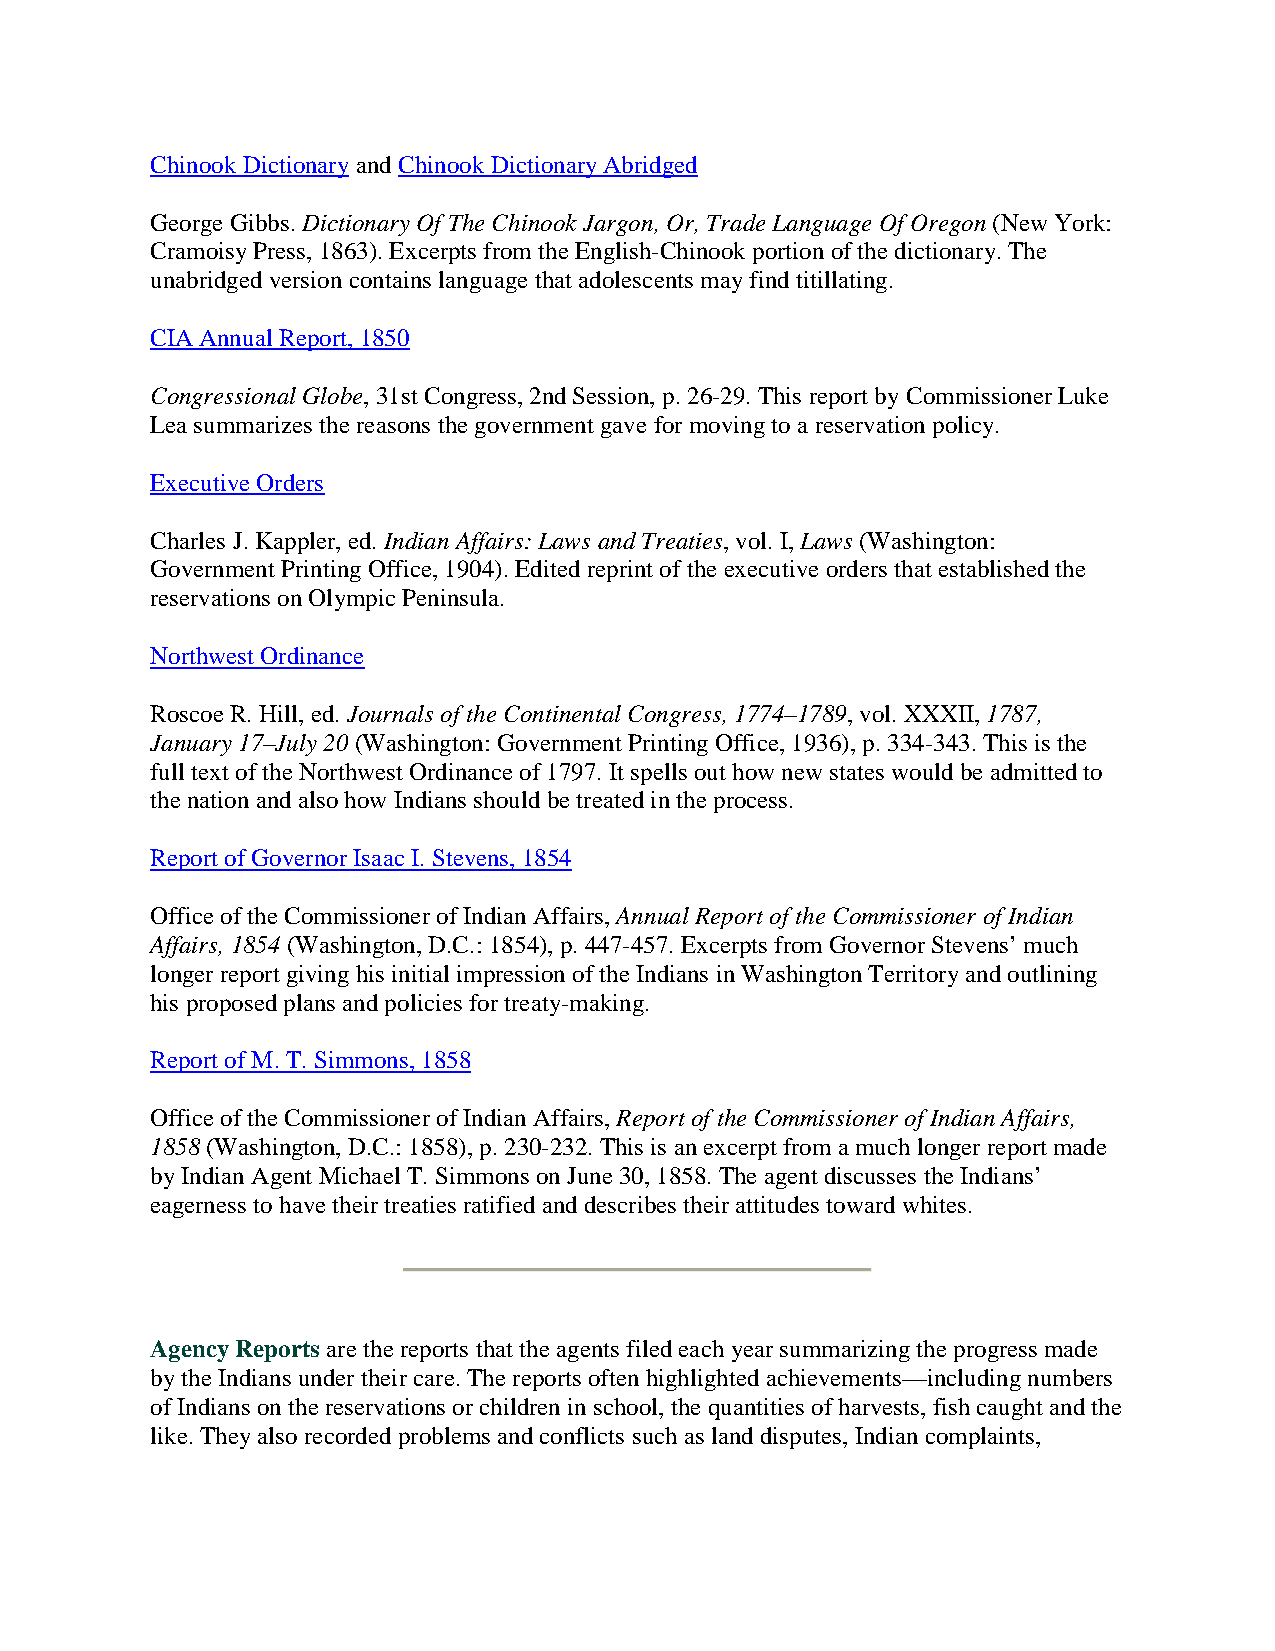
Chinook Dictionary and Chinook Dictionary Abridged
 George Gibbs. Dictionary Of The Chinook Jargon, Or, Trade Language Of Oregon (New York:
 Cramoisy Press, 1863). Excerpts from the English-Chinook portion of the dictionary. The
 unabridged version contains language that adolescents may find titillating.
 CIA Annual Report, 1850
 Congressional Globe, 31st Congress, 2nd Session, p. 26-29. This report by Commissioner Luke
 Lea summarizes the reasons the government gave for moving to a reservation policy.
 Executive Orders
 Charles J. Kappler, ed. Indian Affairs: Laws and Treaties, vol. I, Laws (Washington:
 Government Printing Office, 1904). Edited reprint of the executive orders that established the
 reservations on Olympic Peninsula.
 Northwest Ordinance
 Roscoe R. Hill, ed. Journals of the Continental Congress, 1774–1789, vol. XXXII, 1787,
 January 17–July 20 (Washington: Government Printing Office, 1936), p. 334-343. This is the
 full text of the Northwest Ordinance of 1797. It spells out how new states would be admitted to
 the nation and also how Indians should be treated in the process.
 Report of Governor Isaac I. Stevens, 1854
 Office of the Commissioner of Indian Affairs, Annual Report of the Commissioner of Indian
 Affairs, 1854 (Washington, D.C.: 1854), p. 447-457. Excerpts from Governor Stevens’ much
 longer report giving his initial impression of the Indians in Washington Territory and outlining
 his proposed plans and policies for treaty-making.
 Report of M. T. Simmons, 1858
 Office of the Commissioner of Indian Affairs, Report of the Commissioner of Indian Affairs,
 1858 (Washington, D.C.: 1858), p. 230-232. This is an excerpt from a much longer report made
 by Indian Agent Michael T. Simmons on June 30, 1858. The agent discusses the Indians’
 eagerness to have their treaties ratified and describes their attitudes toward whites.
 Agency Reports are the reports that the agents filed each year summarizing the progress made
 by the Indians under their care. The reports often highlighted achievements—including numbers
 of Indians on the reservations or children in school, the quantities of harvests, fish caught and the
 like. They also recorded problems and conflicts such as land disputes, Indian complaints,